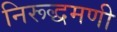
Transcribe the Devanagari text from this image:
निरूद्धमणी